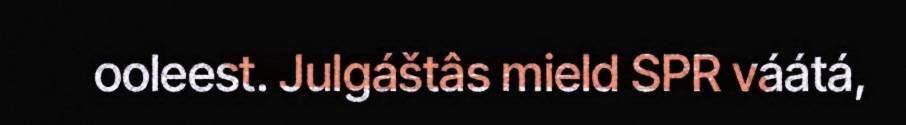
ooleest. Julgáštâs mield SPR váátá,